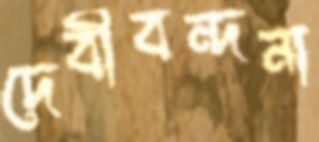
দেবীবন্দনা